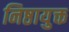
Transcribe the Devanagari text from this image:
निष्ठायुक्त